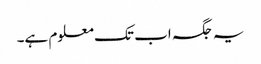
یہ جگہ اب تک معلوم ہے۔